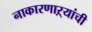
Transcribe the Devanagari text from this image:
नाकारणाऱ्यांची